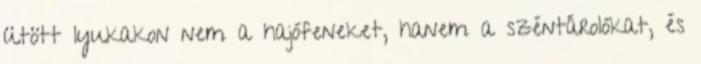
ütött lyukakon nem a hajófeneket, hanem a széntárolókat, és